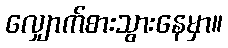
လျှောက်စားသွားနေမှာ။